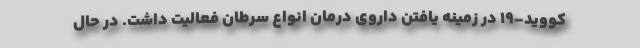
کووید-۱۹ در زمینه یافتن داروی درمان انواع سرطان فعالیت داشت. در حال